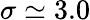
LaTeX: \sigma\simeq 3.0